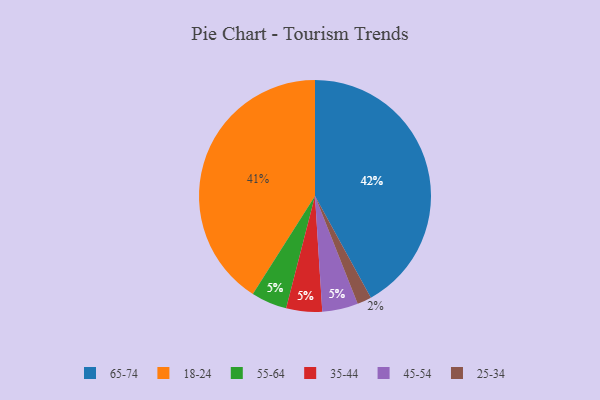
{"axis": {"x": "Category", "y": "Percentage"}, "legend": ["18-24", "25-34", "35-44", "45-54", "55-64", "65-74"], "data": [{"x": "55-64", "y": 5, "type": "55-64"}, {"x": "35-44", "y": 5, "type": "35-44"}, {"x": "18-24", "y": 41, "type": "18-24"}, {"x": "25-34", "y": 2, "type": "25-34"}, {"x": "65-74", "y": 42, "type": "65-74"}, {"x": "45-54", "y": 5, "type": "45-54"}]}